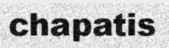
chapatis